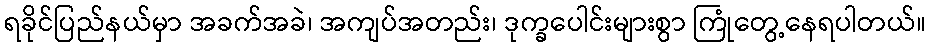
ရခိုင်ပြည်နယ်မှာ အခက်အခဲ၊ အကျပ်အတည်း၊ ဒုက္ခပေါင်းများစွာ ကြုံတွေ့နေရပါတယ်။